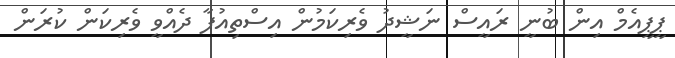
ޕީޕީއެމް އިން ބުނީ ރައީސް ނަޝީދު ވެރިކަމުން އިސްތިއުފާ ދެއްވީ ވެރިކަން ކުރަން